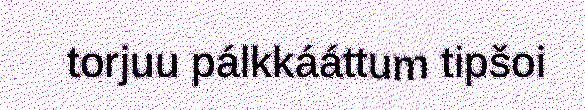
torjuu pálkkááttum tipšoi